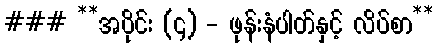
### **အပိုင်း (၄) - ဖုန်းနံပါတ်နှင့် လိပ်စာ**